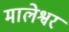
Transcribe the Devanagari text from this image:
मालेश्वर